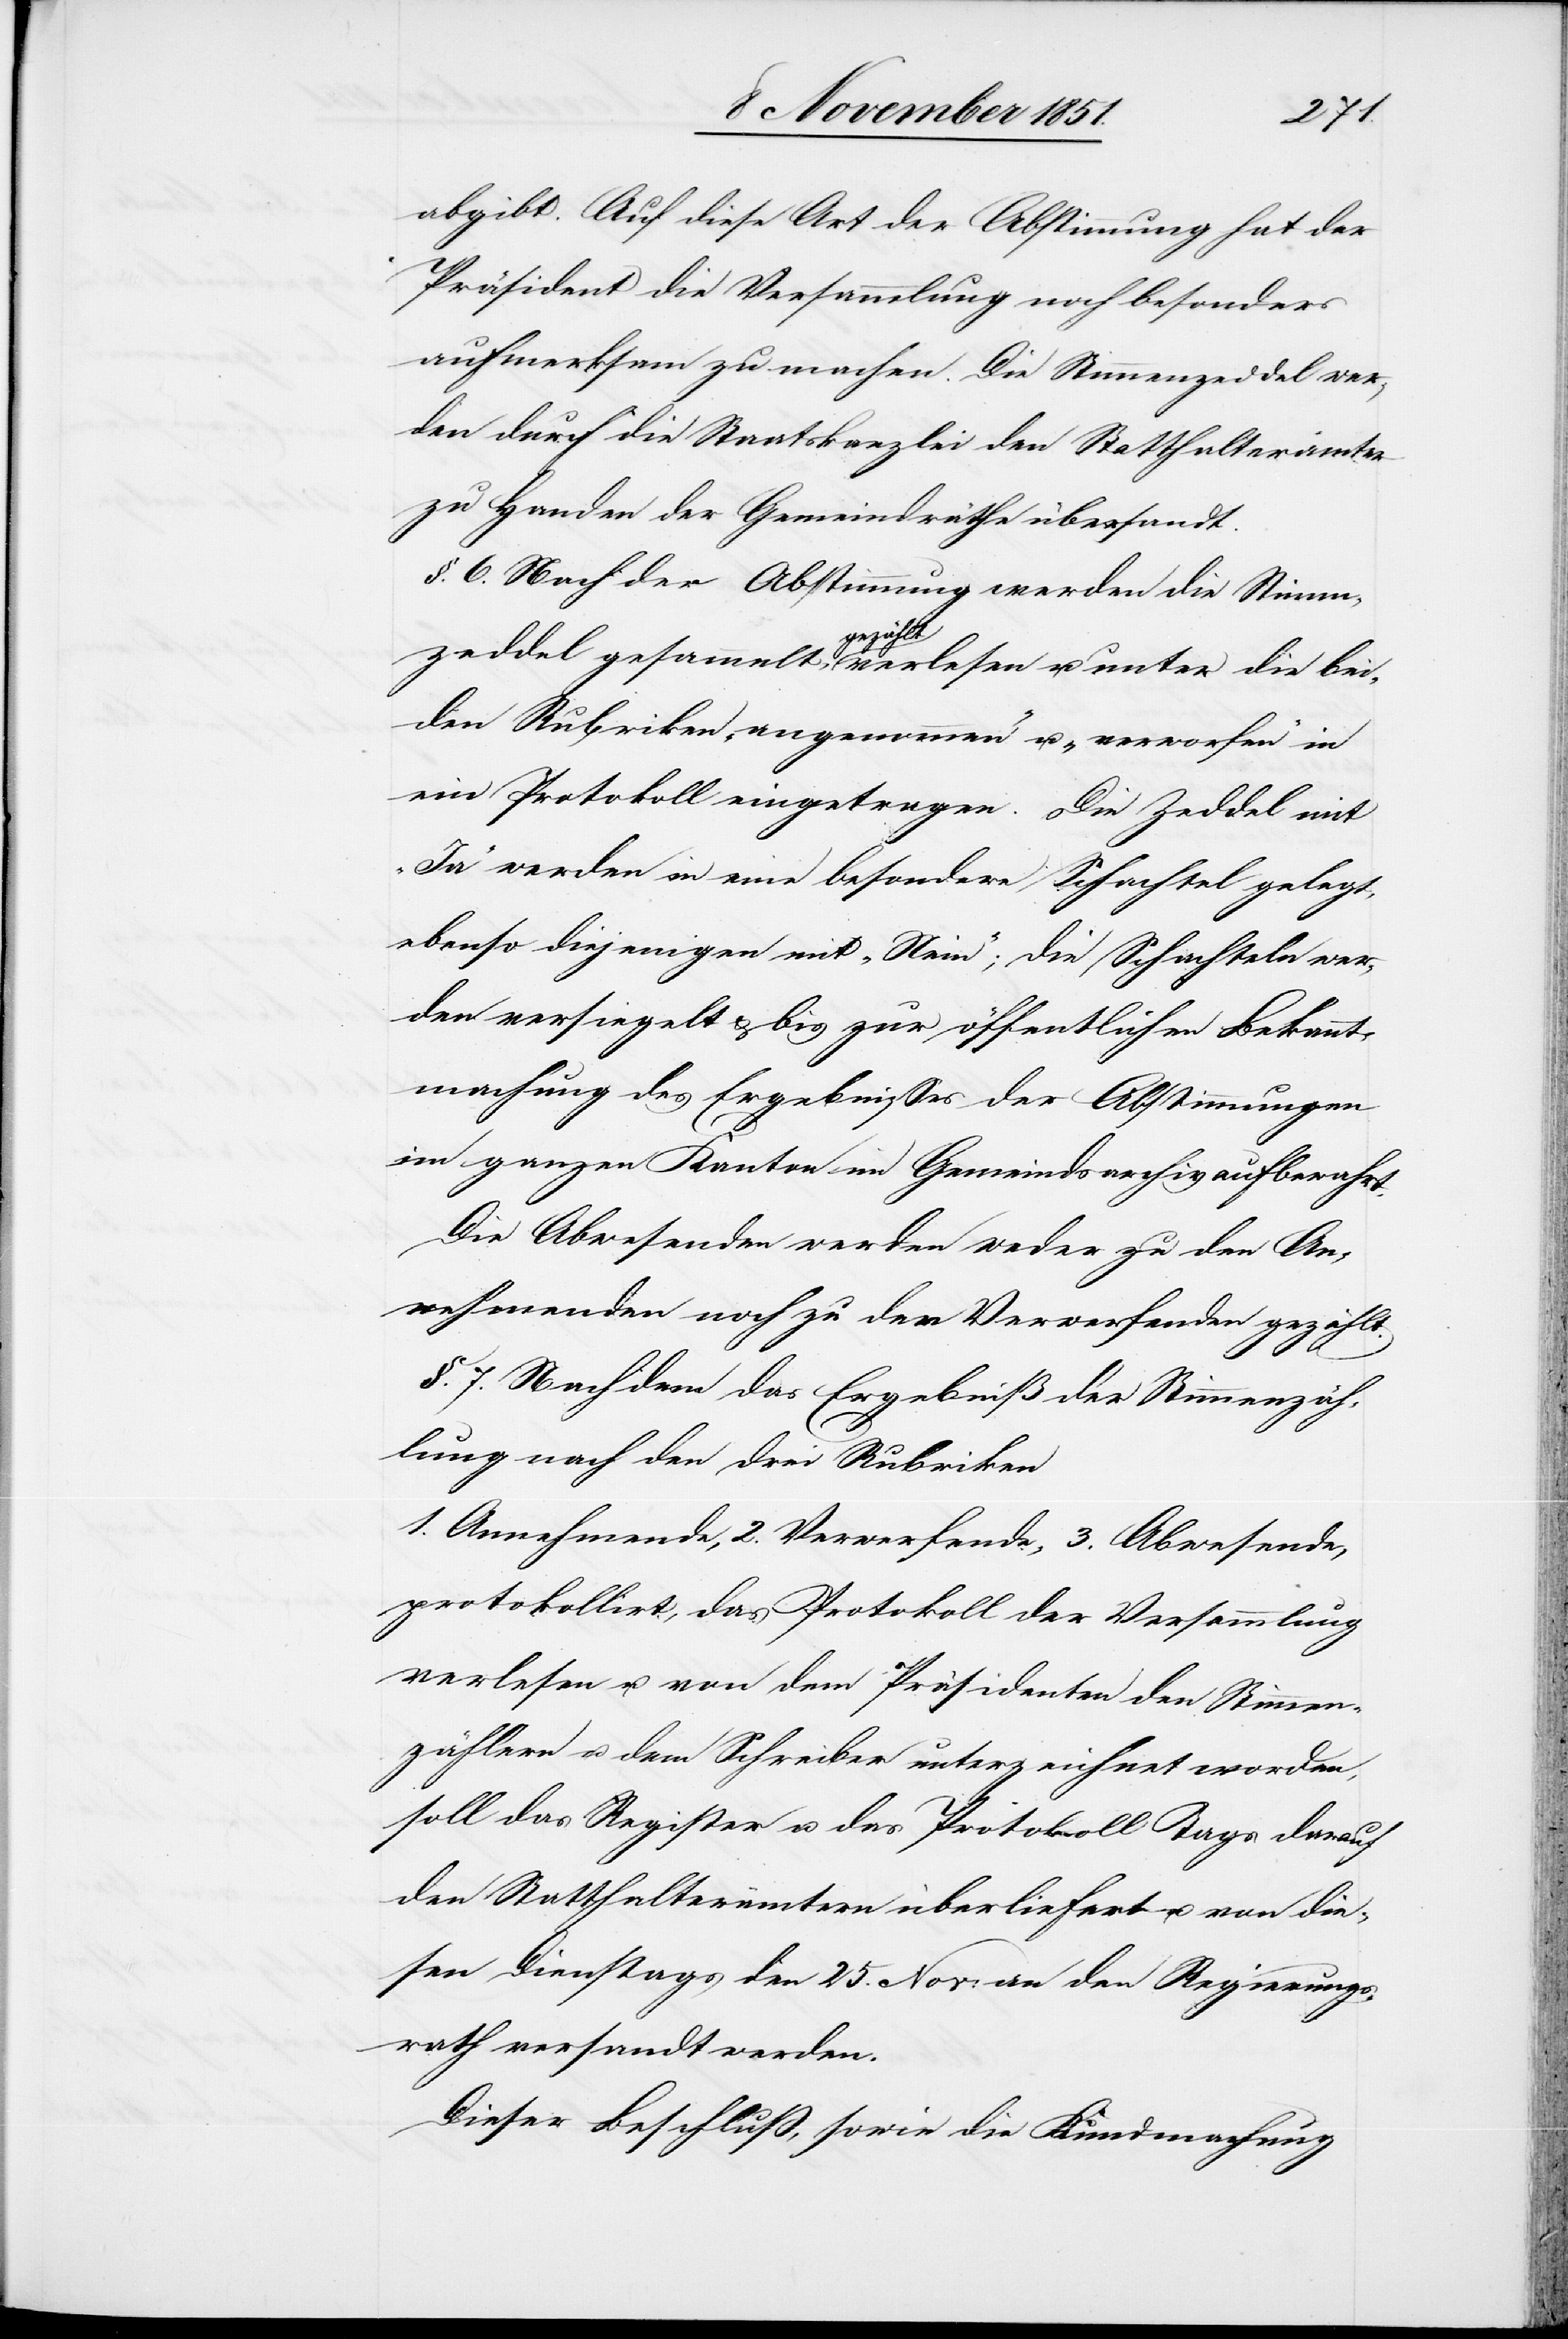
bei¬
abgibt. Auf diese Art der Abstimmung hat der
Präsident die Versammlung noch besonders
aufmerksam zu machen. Die Stimmenzeddel wer¬
den durch die Staatskanzlei den Statthalterämter
zu Handen der Gemeindräthe übersandt.
§. 6. Nach der Abstimmung werden die Stimm¬
den Rubriken „angenommen“ u. „verworfen“ in
ein Protokoll eingetragen. Die Zeddel mit
„Ja“ werden in eine besondere Schachtel gelegt,
ebenso diejenigen mit „Nein“; die Schachteln wer¬
den versiegelt & bis zur öffentlichen Bekannt¬
machung des Ergebnisses der Abstimmungen
im ganzen Kanton im Gemeindsarchiv aufbewahrt.
Die Abwesenden werden weder zu den An¬
nehmenden noch zu der Verwerfenden gezählt.
§. 7. Nachdem das Ergebniß der Stimmenzäh¬
lung nach den drei Rubriken
1. Annehmende, 2. Verwerfende, 3. Abwesende,
protokollirt, das Protokoll der Versammlung
verlesen u. von dem Präsidenten den Stimmen¬
zählern u. dem Schreiber unterzeichnet worden,
soll das Register u. das Protokoll Tags darauf
den Statthalterämtern überliefert u. von die¬
sen Dienstags den 25. Nov: an den Regierungs¬
rath versandt werden.
Dieser Beschluß, sowie die Kundmachung